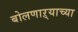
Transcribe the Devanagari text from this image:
बोलणाऱ्याच्या